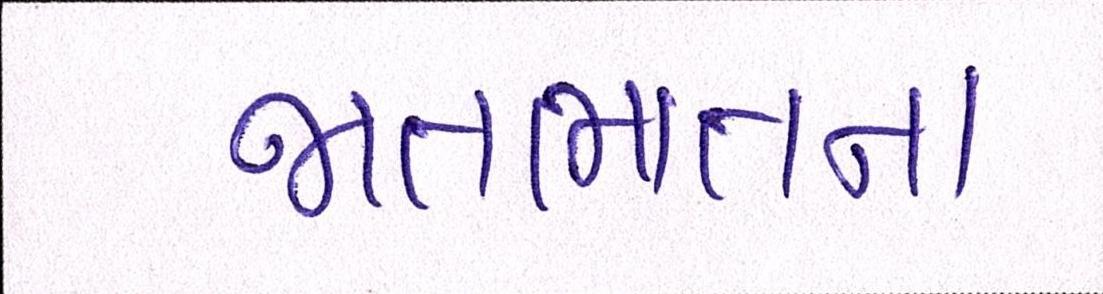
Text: જાતભાતના